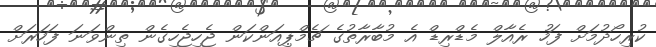
ކުރިހޯދުމަށް ފަހު ރެއާލް މެޑްރިޑް އެ މުބާރާތުގެ ޗެމްޕިއަންކަން ޖެހިޖެހިގެން ތިންވަނަ ފަހަރަށް